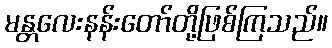
မန္တလေးနန်းတော်တို့ဖြစ်ကြသည်။